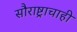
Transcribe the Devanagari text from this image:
सौराष्ट्राचाही